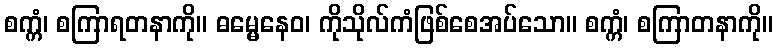
စက္ကံ၊ စကြာရတနာကို။ ဓမ္မေနေဝ၊ ကိုသိုလ်ကံဖြစ်စေအပ်သော။ စက္ကံ၊ စကြာတနာကို။